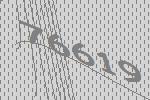
76619